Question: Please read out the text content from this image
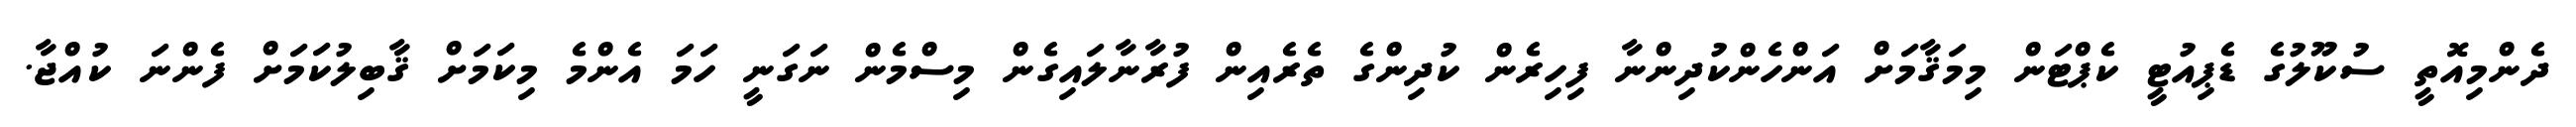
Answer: ދެންމިއޮތީ ސުކޫލުގެ ޑެޕިއުޓީ ކެޕްޓަން މިމަޤާމަށް އަންހެންކުދިންނާ ފިހިރެން ކުދިންގެ ތެރެއިން ފުރާނާލައިގެން މިސްމެން ނަގަނީ ހަމަ އެންމެ މިކަމަށް ޤާބިލުކަމަށް ފެންނަ ކުއްޖާ.